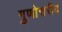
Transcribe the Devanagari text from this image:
गुणोत्तरीय